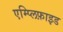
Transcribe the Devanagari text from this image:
एम्प्लिफ़ाइड